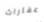
عقارات